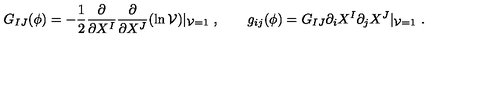
G _ { I J } ( \phi ) = - { \frac { 1 } { 2 } } { \frac { \partial } { \partial X ^ { I } } } { \frac { \partial } { \partial X ^ { J } } } ( \ln { \cal V } ) | _ { { \cal V } = 1 } \ , \qquad g _ { i j } ( \phi ) = G _ { I J } \partial _ { i } X ^ { I } \partial _ { j } X ^ { J } | _ { { \cal V } = 1 } \ .